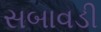
સબાવડી